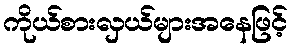
ကိုယ်စားလှယ်များအနေဖြင့်